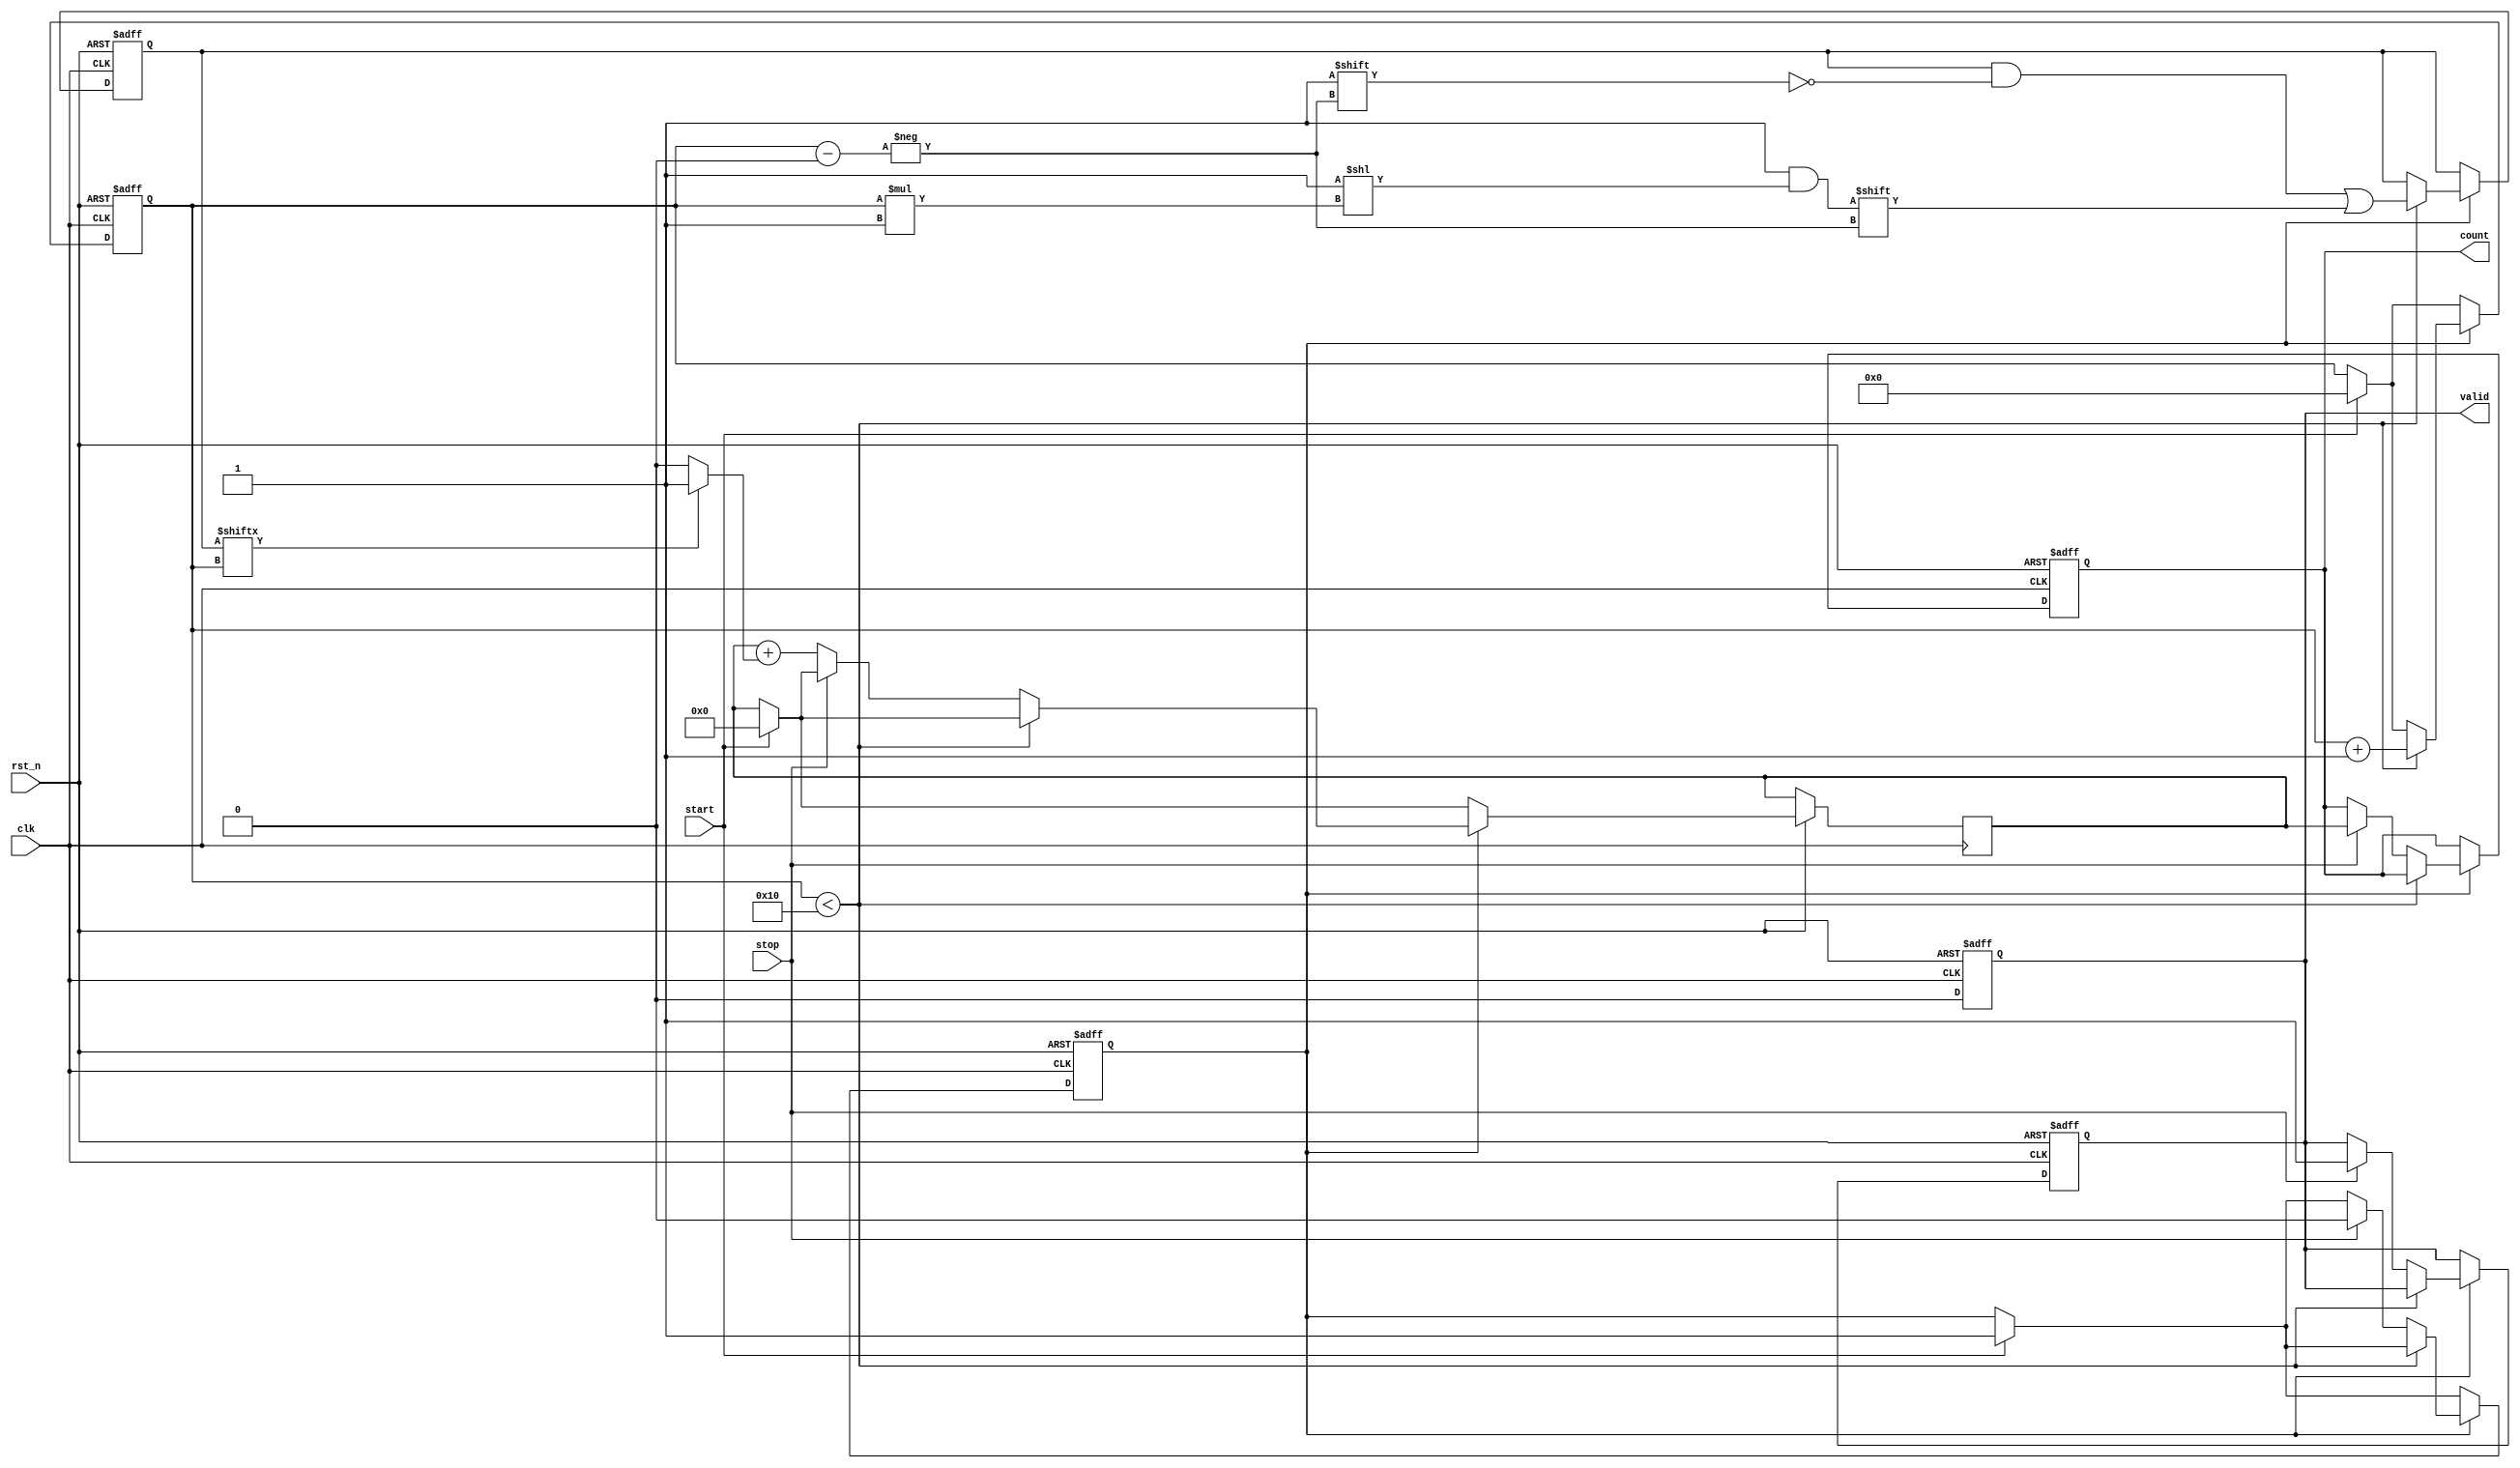
module TDC_Vernier_Delay_Line (
    input wire clk,          // System clock
    input wire rst_n,        // Active low reset
    input wire start,        // Start signal
    input wire stop,         // Stop signal
    output reg [15:0] count, // Digital output representing time interval
    output reg valid         // Output valid signal
);

    // Parameters for delay line stages
    parameter DELAY_STAGES = 16; // Number of delay stages
    parameter REF_DELAY = 4;      // Fixed delay for reference line
    parameter MEAS_DELAY = 1;     // Variable delay for measuring line

    // Delay line registers
    reg [DELAY_STAGES-1:0] ref_delay_line;
    reg [DELAY_STAGES-1:0] meas_delay_line;

    // Internal signals
    reg measuring;              // Indicates if measuring is active
    reg [3:0] meas_index;      // Current index in measuring delay line
    reg [15:0] temp_count;      // Temporary count value

    // Initialize the TDC
    always @(posedge clk or negedge rst_n) begin
        if (!rst_n) begin
            count <= 0;
            valid <= 0;
            measuring <= 0;
            meas_index <= 0;
            ref_delay_line <= 0;
            meas_delay_line <= 0;
        end else begin
            if (start) begin
                // Start measurement
                measuring <= 1;
                temp_count <= 0;
                meas_index <= 0;
                ref_delay_line <= 1 << REF_DELAY; // Activate reference delay line
            end
            
            if (measuring) begin
                // Sample the measuring delay line
                if (meas_index < DELAY_STAGES) begin
                    meas_delay_line[meas_index] <= 1 << (meas_index * MEAS_DELAY);
                    meas_index <= meas_index + 1;
                end else if (stop) begin
                    // Stop measurement
                    measuring <= 0;
                    count <= temp_count; // Store count value
                    valid <= 1;          // Indicate valid output
                end else begin
                    // Count the number of active delay stages
                    temp_count <= temp_count + (meas_delay_line[meas_index] ? 1 : 0);
                end
            end
        end
    end

    // Reset valid signal after reading count
    always @(posedge clk or negedge rst_n) begin
        if (!rst_n) begin
            valid <= 0;
        end else if (valid) begin
            valid <= 0; // Reset valid signal after one clock cycle
        end
    end

endmodule